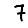
Digit: 7